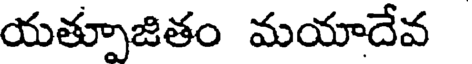
యత్పూజితం మయాదేవ